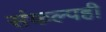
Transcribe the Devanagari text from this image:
संकल्पही